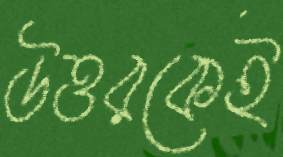
উত্তরকেই